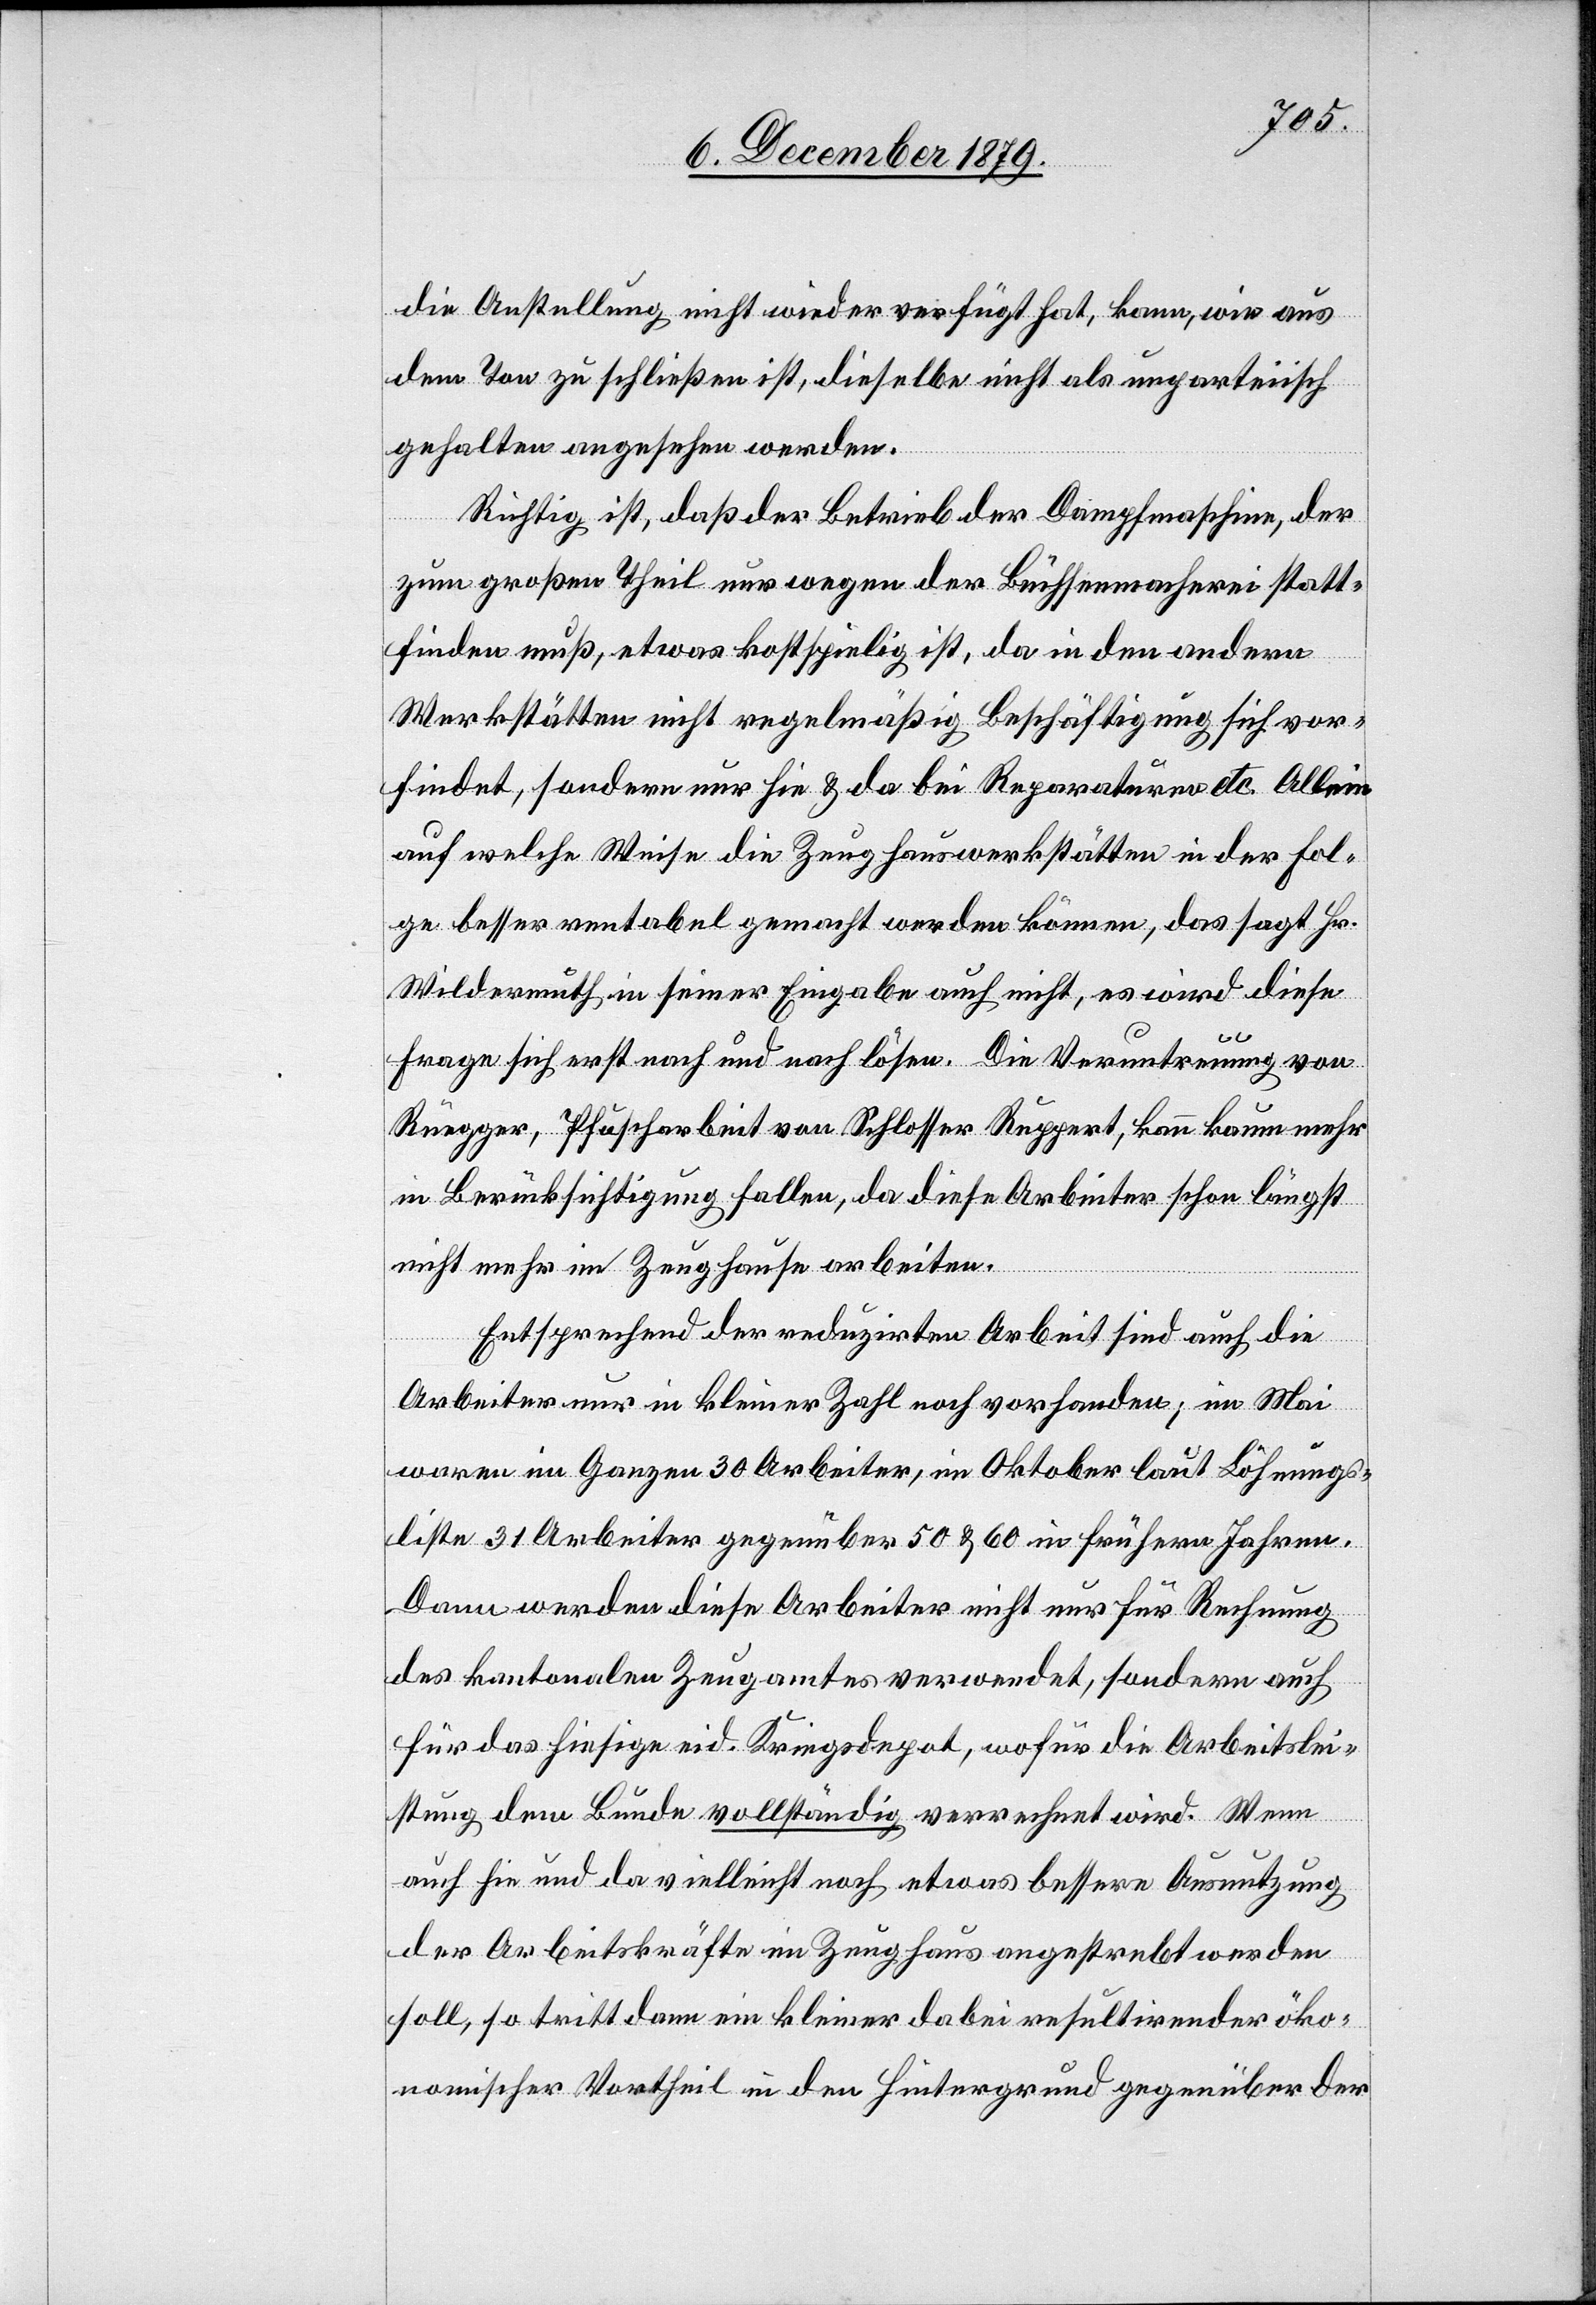
die Anstellung nicht wieder verfügt hat, kann, wie aus
dem Ton zu schließen ist, dieselbe nicht als unparteiisch
gehalten angesehen werden.
Richtig ist, daß der Betrieb der Dampfmaschine, der
zum große Theil nur wegen der Büchsenmacherei statt¬
finden muß, etwas kostspielig ist, da in den andern
Werkstätten nicht regelmäßig Beschäftigung sich vor¬
findet, sondern nur hie & da bei Reparaturen etc. Allein
auf welche Weise die Zeughauswerkstätten in der Fol¬
ge besser rentabel gemacht werden können, das sagt Hr.
Wildermuth in seiner Eingabe auch nicht, es wird diese
Frag sich erst nach und nach lösen. Die Veruntreuung von
Rüegger, Pfuscharbeit von Schlosser Rupper, kann kaum mehr
in Berücksichtigung fallen, da diese Arbeiter schon längst
nicht mehr im Zeughause arbeiten.
Entsprechend der reduzirten Arbeit sind auch die
Arbeiter nur in kleiner Zahl noch vorhanden, im Mai
waren im Ganzen 30 Arbeiter, im Oktober laut Löhnungs¬
liste 31 Arbeiter gegenüber 50 & 60 in frühern Jahren.
Dann werden diese Arbeiter nicht nur für Rechnung
des kantonalen Zeugamtes verwendet, sondern auch
für das hiesige eid. Kriegsdepot, wofür die Arbeitslei¬
stung dem Bunde vollständig verrechnet wird. Wenn
auch hie und da vielleicht noch etwas bessere Ausnutzung
der Arbeitskräfte im Zeughaus angestrebt werden
soll, so tritt dann ein kleiner dabei resultirendern öko¬
nomischer Vortheil in den Hintergrund gegenüber der